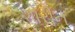
શોરીન